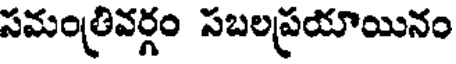
సమంత్రివర్గం సబలప్రయాయినం